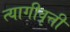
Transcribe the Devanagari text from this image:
त्यागीवृत्ती